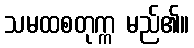
သမထစတုက္က မည်၏။